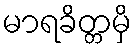
မာရခိတ္တမှိ